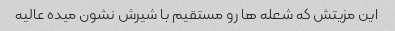
این مزیتش که شعله ها رو مستقیم با شیرش نشون میده عالیه